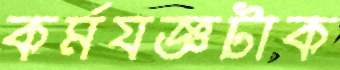
কর্মযজ্ঞটাক